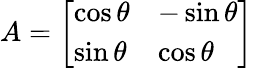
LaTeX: A={\left[\begin{array}{ll}{\cos\theta}&{-\sin\theta}\\ {\sin\theta}&{\cos\theta}\end{array}\right]}